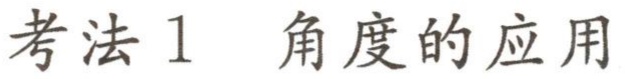
考法 1 角度的应用